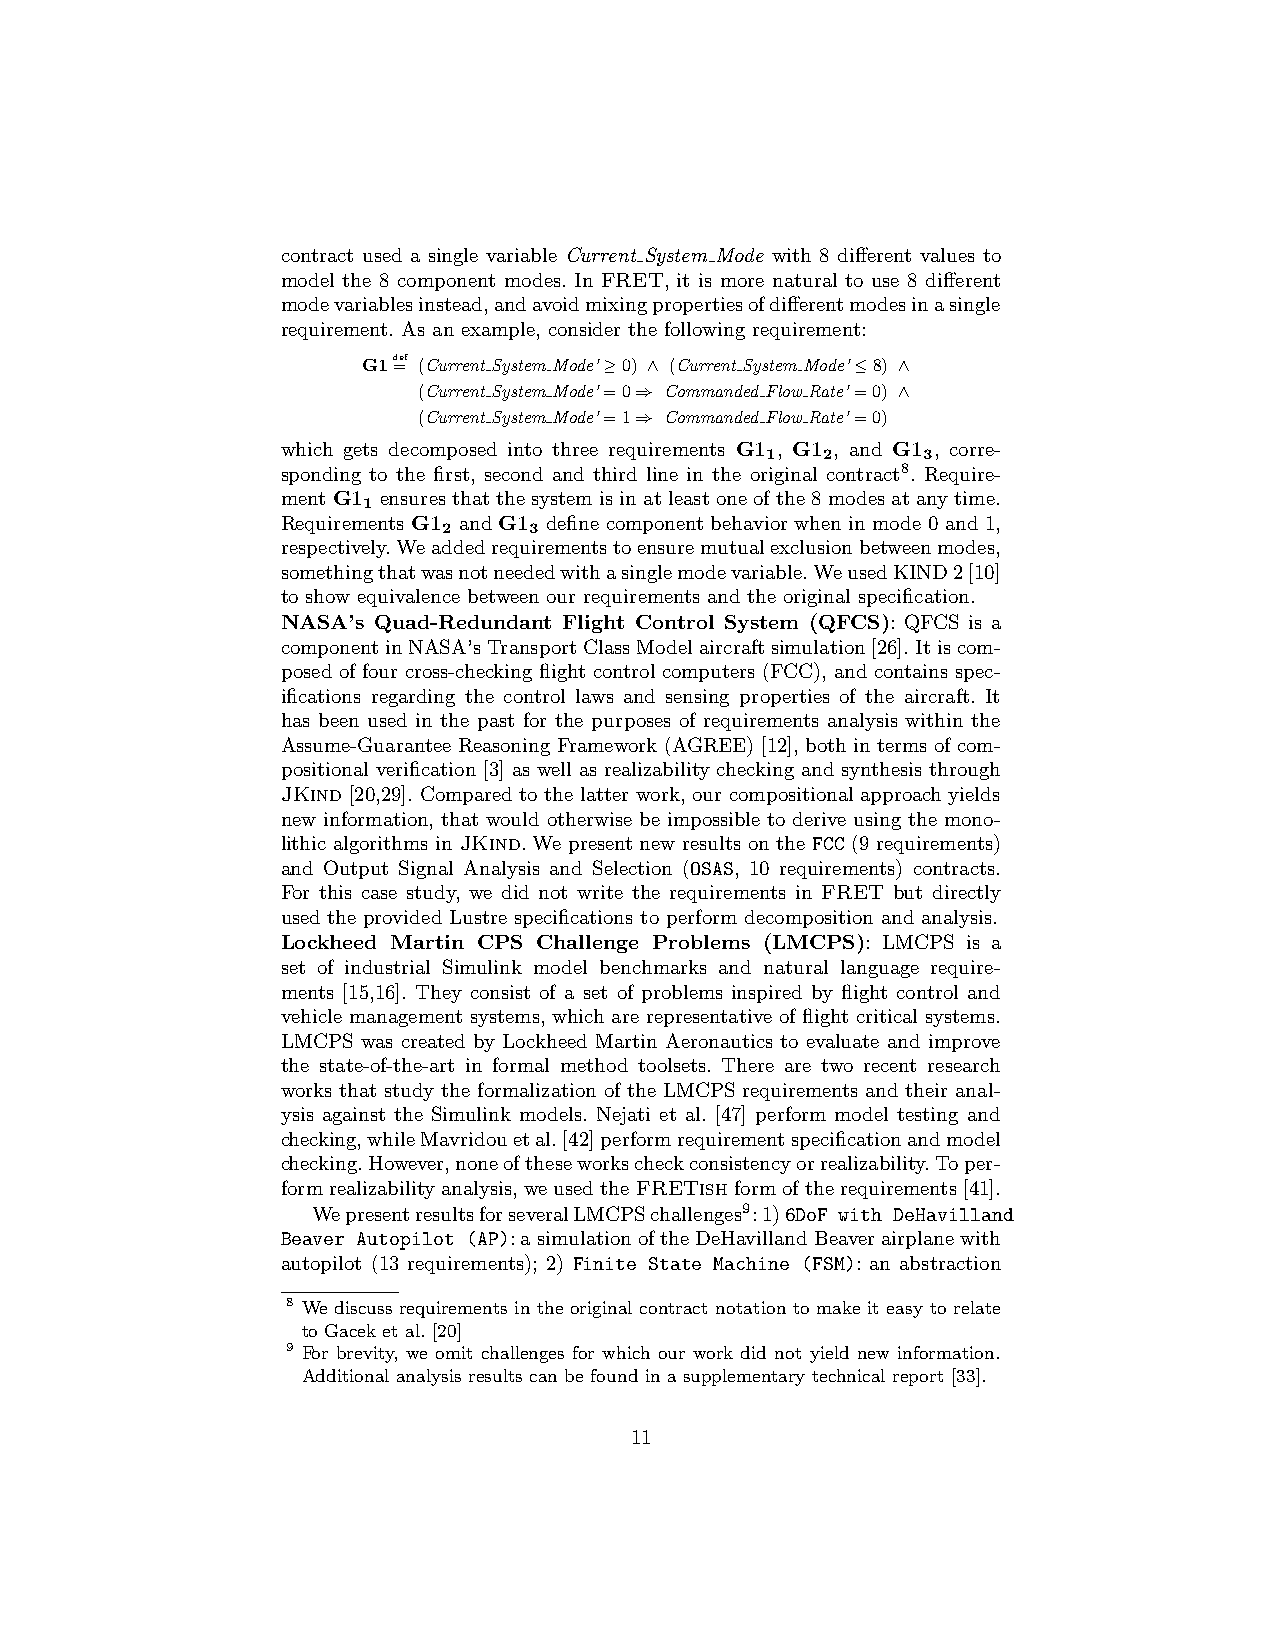
contract used a single variable Current System Mode with 8 different values to
 model the 8 component modes. In FRET, it is more natural to use 8 different
 modevariablesinstead,andavoidmixingpropertiesofdifferentmodesinasingle
 requirement. As an example, consider the following requirement:
 G1d=ef (Current System Mode’≥0) ∧ (Current System Mode’≤8) ∧
 (Current System Mode’=0⇒ Commanded Flow Rate’=0) ∧
 (Current System Mode’=1⇒ Commanded Flow Rate’=0)
 which gets decomposed into three requirements G1 , G1 , and G1 , corre-
 1  2      3
 sponding to the first, second and third line in the original contract8. Require-
 ment G1 ensures that the system is in at least one of the 8 modes at any time.
 1
 Requirements G1 and G1 define component behavior when in mode 0 and 1,
 2     3
 respectively.Weaddedrequirementstoensuremutualexclusionbetweenmodes,
 somethingthatwasnotneededwithasinglemodevariable.WeusedKIND2[10]
 to show equivalence between our requirements and the original specification.
 NASA’s Quad-Redundant Flight Control System (QFCS): QFCS is a
 componentinNASA’sTransportClassModelaircraftsimulation[26].Itiscom-
 posed of four cross-checking flight control computers (FCC), and contains spec-
 ifications regarding the control laws and sensing properties of the aircraft. It
 has been used in the past for the purposes of requirements analysis within the
 Assume-GuaranteeReasoningFramework(AGREE)[12],bothintermsofcom-
 positional verification [3] as well as realizability checking and synthesis through
 JKind [20,29]. Compared to the latter work, our compositional approach yields
 new information, that would otherwise be impossible to derive using the mono-
 lithic algorithms in JKind. We present new results on the FCC (9 requirements)
 and Output Signal Analysis and Selection (OSAS, 10 requirements) contracts.
 For this case study, we did not write the requirements in FRET but directly
 used the provided Lustre specifications to perform decomposition and analysis.
 Lockheed Martin CPS Challenge Problems (LMCPS): LMCPS is a
 set of industrial Simulink model benchmarks and natural language require-
 ments [15,16]. They consist of a set of problems inspired by flight control and
 vehicle management systems, which are representative of flight critical systems.
 LMCPS was created by Lockheed Martin Aeronautics to evaluate and improve
 the state-of-the-art in formal method toolsets. There are two recent research
 works that study the formalization of the LMCPS requirements and their anal-
 ysis against the Simulink models. Nejati et al. [47] perform model testing and
 checking,whileMavridouetal.[42]performrequirementspecificationandmodel
 checking.However,noneoftheseworkscheckconsistencyorrealizability.Toper-
 formrealizabilityanalysis,weusedtheFRETishformoftherequirements[41].
 WepresentresultsforseveralLMCPSchallenges9:1)6DoF with DeHavilland
 Beaver Autopilot (AP):asimulationoftheDeHavillandBeaverairplanewith
 autopilot (13 requirements); 2) Finite State Machine (FSM): an abstraction
 8 We discuss requirements in the original contract notation to make it easy to relate
 to Gacek et al. [20]
 9 For brevity, we omit challenges for which our work did not yield new information.
 Additional analysis results can be found in a supplementary technical report [33].
 11